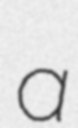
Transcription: a